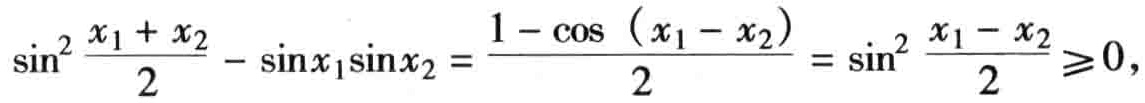
\(\sin^{2}\frac{x_{1} + x_{2}}{2}-\sin x_{1}\sin x_{2}=\frac{1 - \cos(x_{1}-x_{2})}{2}=\sin^{2}\frac{x_{1}-x_{2}}{2}\geqslant0,\)